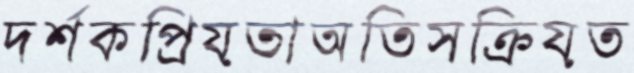
দর্শকপ্রিয়তাঅতিসক্রিয়ত